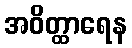
အဝိတ္ထာရေန